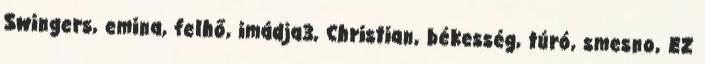
Swingers, emina, felhő, imádja3, Christian, békesség, túró, smesno, EZ